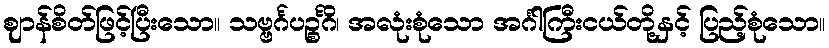
ဈာန်စိတ်ဖြင့်ပြီးသော။ သဗ္ဗင်္ဂပဉ္စင်္ဂိ၊ အလုံးစုံသော အင်္ဂါကြီးငယ်တို့နှင့် ပြည့်စုံသော။